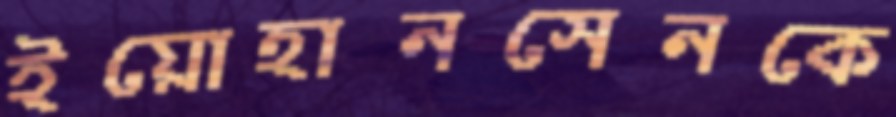
ইয়োহানসেনকে